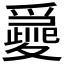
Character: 𡕽